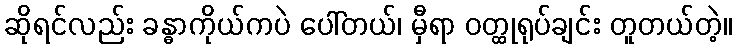
ဆိုရင်လည်း ခန္ဓာကိုယ်ကပဲ ပေါ်တယ်၊ မှီရာ ဝတ္ထုရုပ်ချင်း တူတယ်တဲ့။